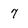
Character: 7